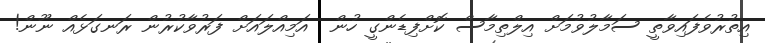
އިތުރުވެފައިވާތީ ސަމާލުވުމަށް އިލްތިމާސް ކޮށްފިޑެންގީ ހުން  އަމިއްލައަށް ފަރުވާކުރުން ރަނގަޅެއް ނޫން!